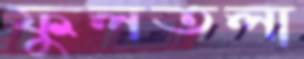
ফুলতলা